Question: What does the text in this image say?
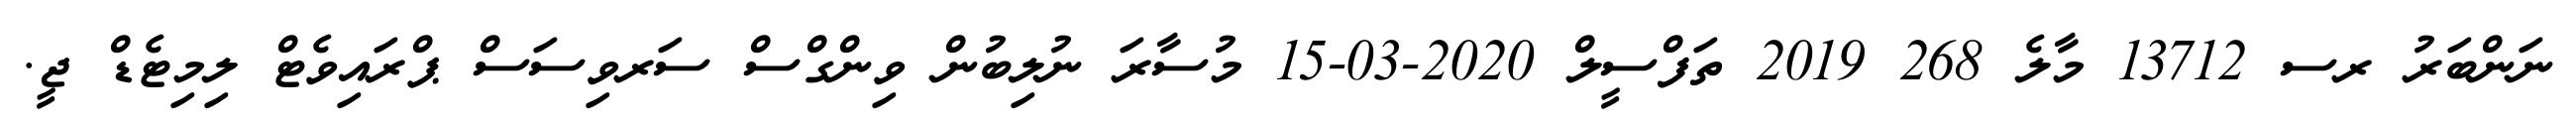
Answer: ނަންބަރު ރސ 13712 މާލެ 268 2019 ތަފްސީލް 2020-03-15 މުސާރަ ނުލިބުން ވިންގްސް ސަރވިސަސް ޕްރައިވެޓް ލިމިޓެޑް ޖީ.